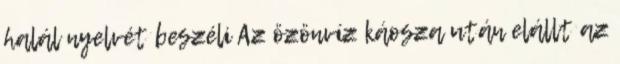
halál nyelvét beszéli Az özönvíz káosza után elállt az